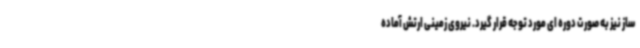
ساز نیز به صورت دوره ای مورد توجه قرار گیرد. نیروی زمینی ارتش آماده